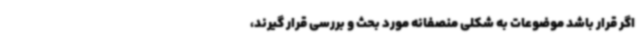
اگر قرار باشد موضوعات به شکلی منصفانه مورد بحث و بررسی قرار گیرند،